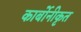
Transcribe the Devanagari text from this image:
कार्बोनीकृत